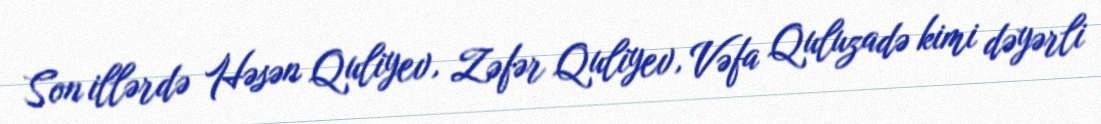
Son illərdə Həsən Quliyev, Zəfər Quliyev, Vəfa Quluzadə kimi dəyərli